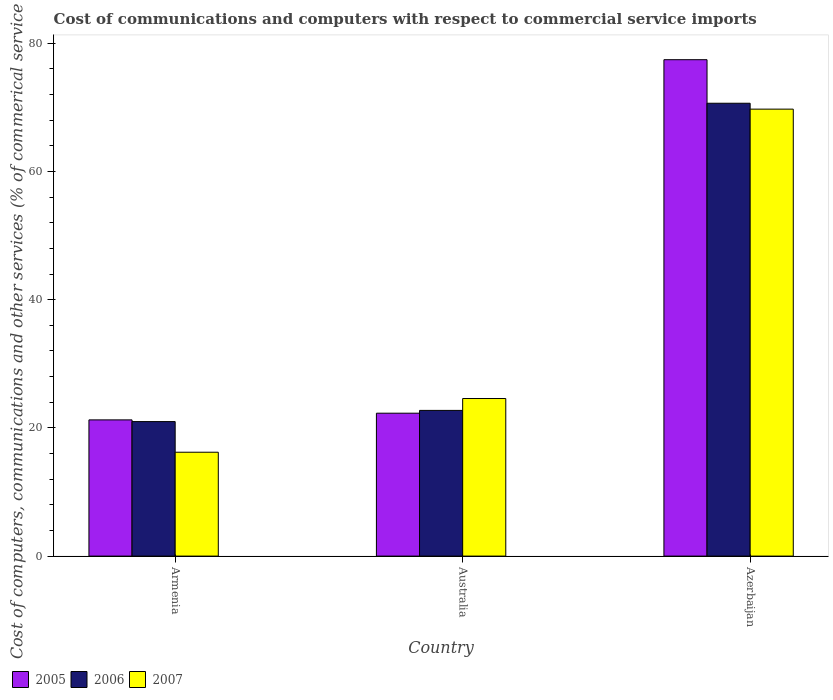
| Country | 2005 | 2006 | 2007 |
 | --- | --- | --- | --- |
 | Armenia | 21.2 | 21 | 16.2 |
 | Australia | 22.3 | 22.7 | 24.6 |
 | Azerbaijan | 77.4 | 70.6 | 69.7 |